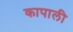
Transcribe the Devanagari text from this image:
कापाली